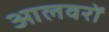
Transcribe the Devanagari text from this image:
आलवरों